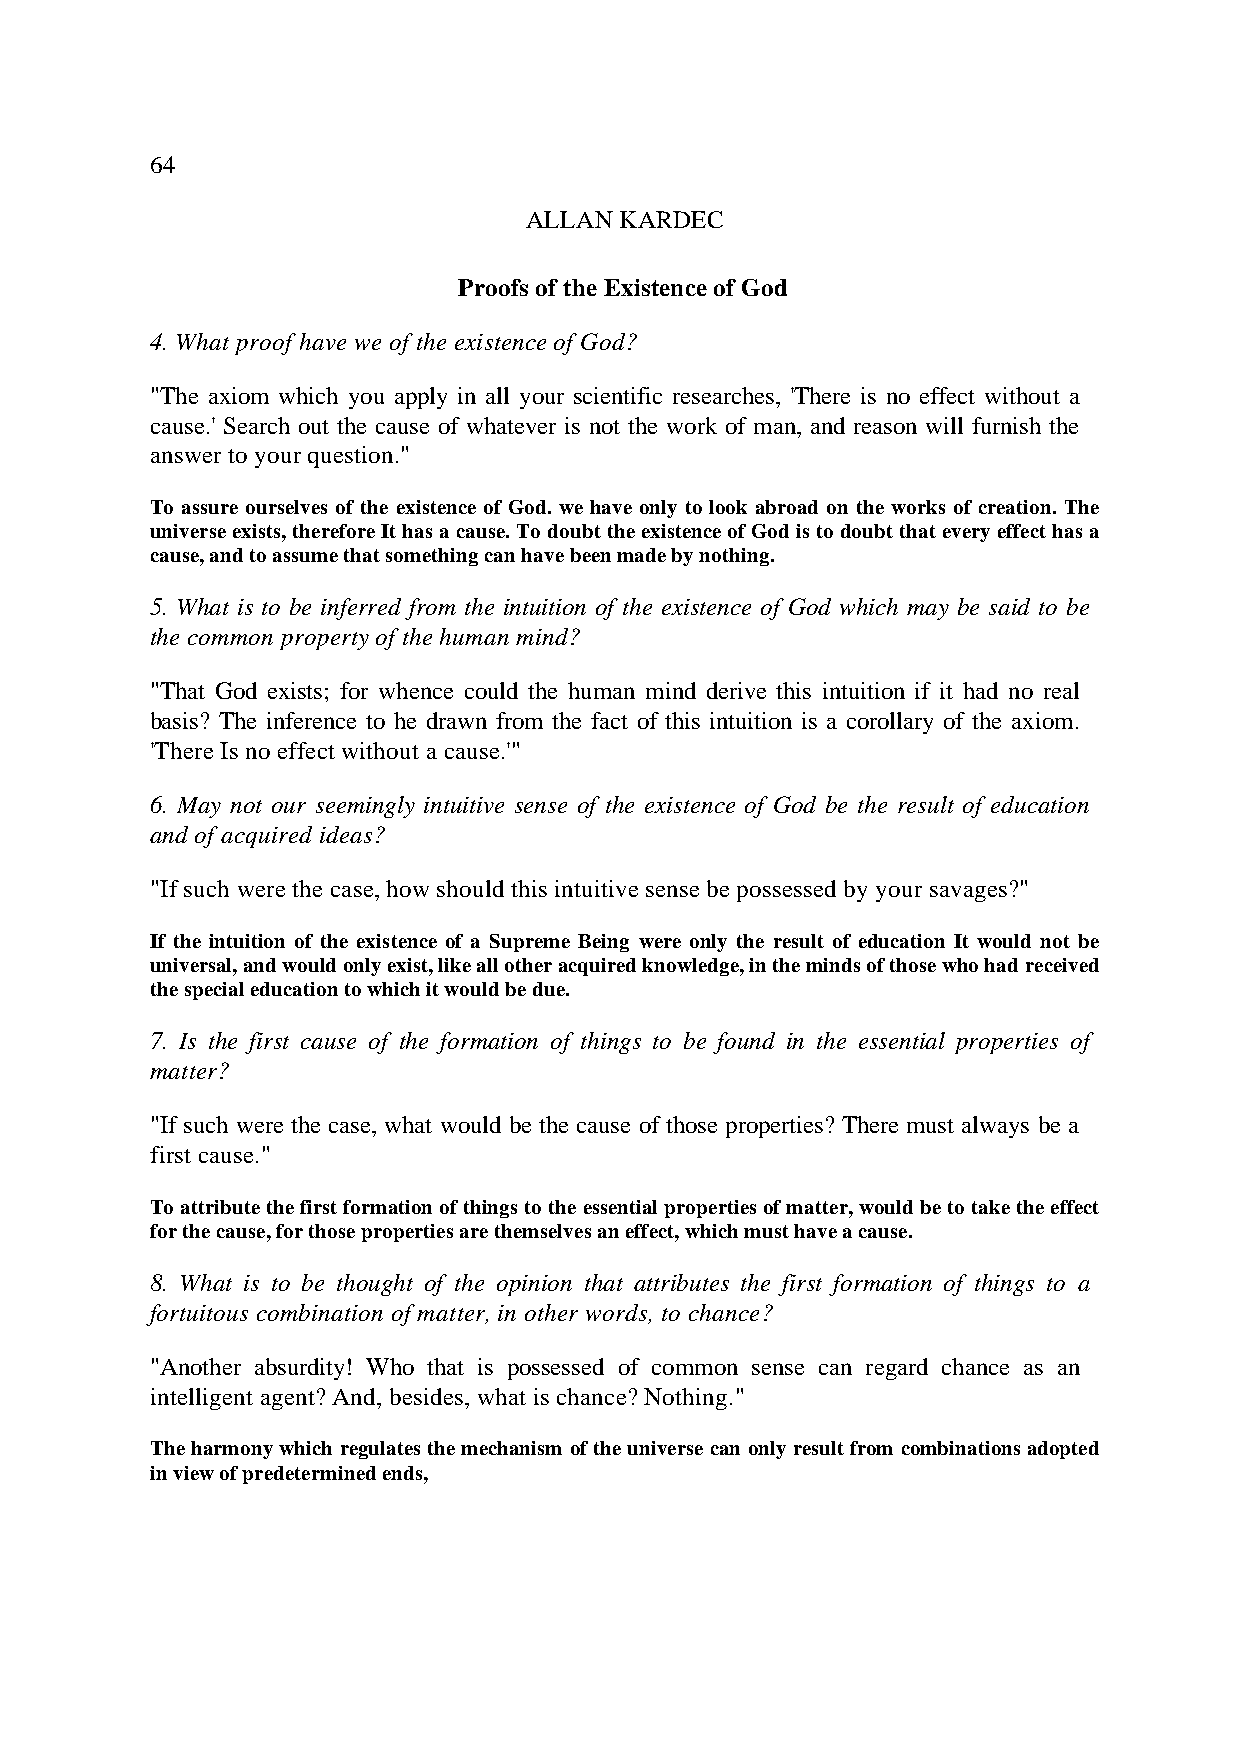
64
 ALLAN KARDEC
 Proofs of the Existence of God
 4. What proof have we of the existence of God?
 "The axiom which you apply in all your scientific researches, 'There is no effect without a
 cause.' Search out the cause of whatever is not the work of man, and reason will furnish the
 answer to your question."
 To assure ourselves of the existence of God. we have only to look abroad on the works of creation. The
 universe exists, therefore It has a cause. To doubt the existence of God is to doubt that every effect has a
 cause, and to assume that something can have been made by nothing.
 5. What is to be inferred from the intuition of the existence of God which may be said to be
 the common property of the human mind?
 "That God exists; for whence could the human mind derive this intuition if it had no real
 basis? The inference to he drawn from the fact of this intuition is a corollary of the axiom.
 'There Is no effect without a cause.'"
 6. May not our seemingly intuitive sense of the existence of God be the result of education
 and of acquired ideas?
 "If such were the case, how should this intuitive sense be possessed by your savages?"
 If the intuition of the existence of a Supreme Being were only the result of education It would not be
 universal, and would only exist, like all other acquired knowledge, in the minds of those who had received
 the special education to which it would be due.
 7. Is the first cause of the formation of things to be found in the essential properties of
 matter?
 "If such were the case, what would be the cause of those properties? There must always be a
 first cause."
 To attribute the first formation of things to the essential properties of matter, would be to take the effect
 for the cause, for those properties are themselves an effect, which must have a cause.
 8. What is to be thought of the opinion that attributes the first formation of things to a
 fortuitous combination of matter, in other words, to chance?
 "Another absurdity! Who that is possessed of common sense can regard chance as an
 intelligent agent? And, besides, what is chance? Nothing."
 The harmony which regulates the mechanism of the universe can only result from combinations adopted
 in view of predetermined ends,